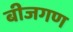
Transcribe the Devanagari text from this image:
बीजगण